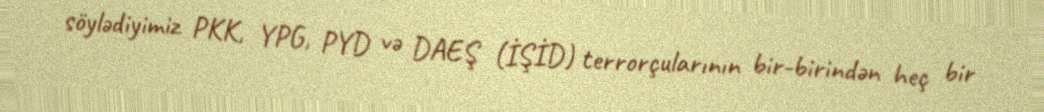
söylədiyimiz PKK, YPG, PYD və DAEŞ (İŞİD) terrorçularının bir-birindən heç bir